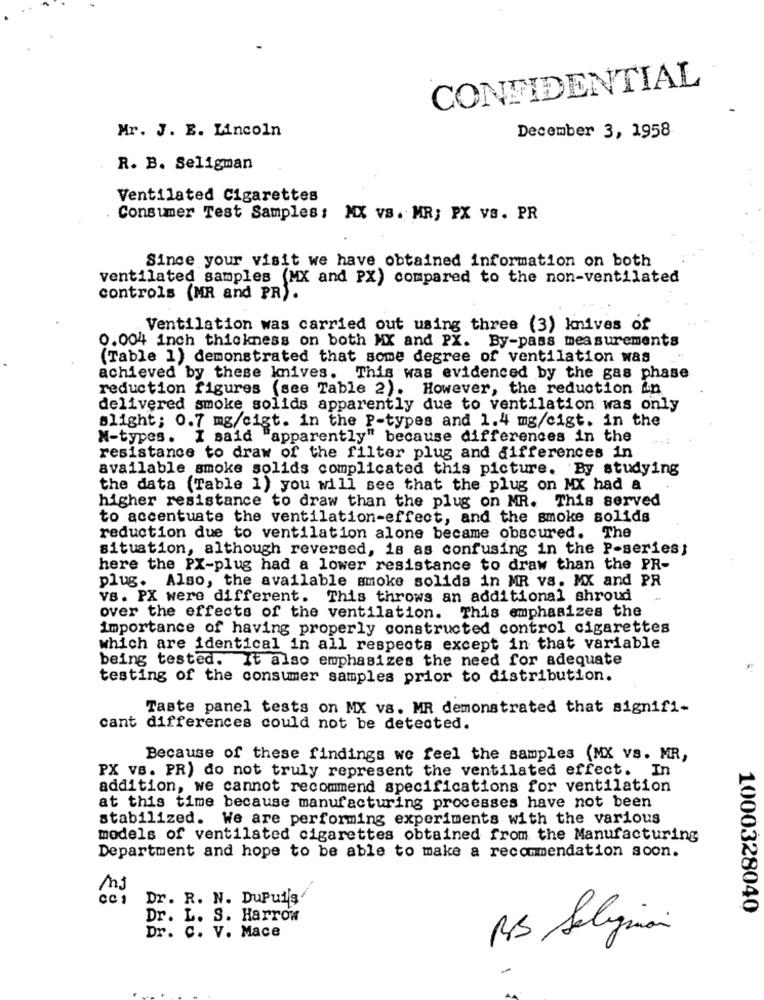
CONFIDENTIAL
Mr. J. E. Lincoln
December 3, 1958
R. B. Seligman
Ventilated Cigarettes
Consumer Test Samples : MX vs. MR; PX vs. PR
Since your visit we have obtained information on both
ventilated samples (MX and PX) compared to the non-ventilated
controls (MR and PR).
Ventilation was carried out using three (3) knives of
0.004 inch thickness on both MX and PX. By-pass measurements
(Table 1) demonstrated that some degree of ventilation was
achieved by these Imives. This was evidenced by the gas phase
reduction figures (see Table 2). However, the reduction in
delivered smoke solids apparently due to ventilation was only
slight; 0.7 mg/cigt. in the P-types and 1.4 mg/cigt. in the
M-types. I said "apparently" because differences in the
resistance to draw of the filter plug and differences in
available smoke solids complicated this picture. By studying
the data (Table 1) you will see that the plug on MX had a
higher resistance to draw than the plug on MR. This served
to accentuate the ventilation-effect, and the smoke solids
reduction due to ventilation alone became obscured. The
situation, although reversed, is as confusing in the P-series;
here the PX-plug had a lower resistance to draw than the PR-
plug. Also, the available smoke solids in MR va. MX and PR
VB. PX were different. This throws an additional shroud
over the effects of the ventilation. This emphasizes the
importance of having properly constructed control cigarettes
which are identical in all respects except in that variable
being tested. It also emphasizes the need for adequate
testing of the consumer samples prior to distribution.
Taste panel tests on MX vs. MR demonstrated that signifi-
cant differences could not be detected.
Because of these findings we feel the samples (MX vs. MR,
PX VB. PR) do not truly represent the ventilated effect. In
addition, we cannot recommend specifications for ventilation
at this time because manufacturing processes have not been
stabilized. We are performing experiments with the various
models of ventilated cigarettes obtained from the Manufacturing
Department and hope to be able to make a recommendation soon.
Dr. R. N. DuPuis
1000328040
Dr. L. S. Harrow
RS Seligman
Dr. C. V. Mace